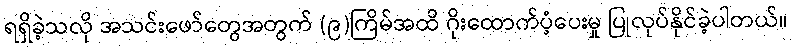
ရရှိခဲ့သလို အသင်းဖော်တွေအတွက် (၉)ကြိမ်အထိ ဂိုးထောက်ပံ့ပေးမှု ပြုလုပ်နိုင်ခဲ့ပါတယ်။